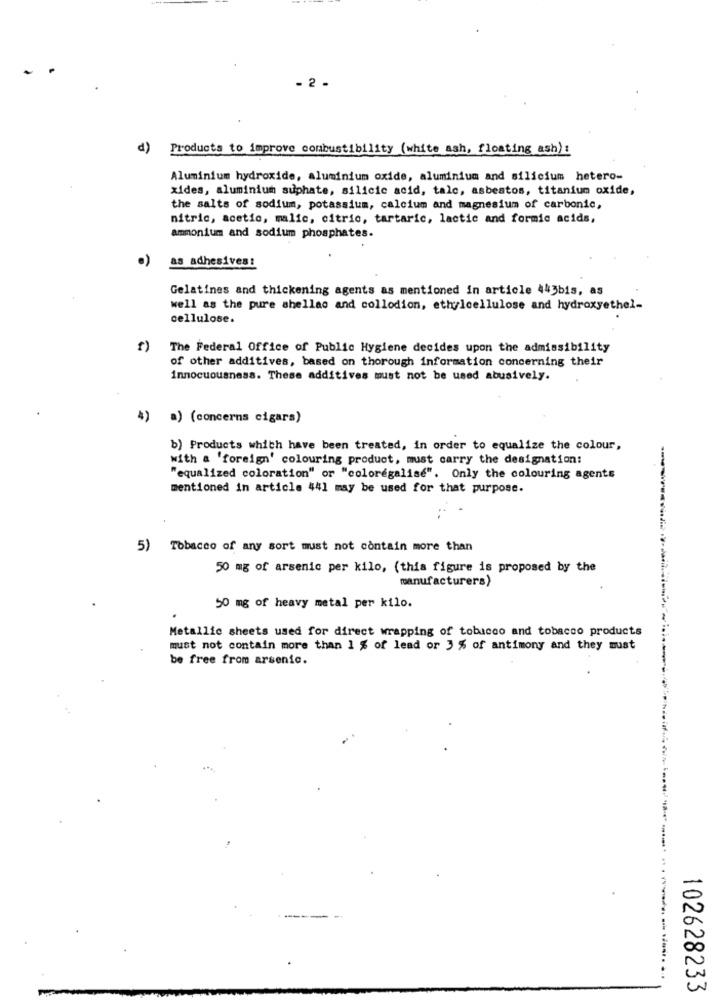
- 2 .
d)
Products to improve combustibility (white ash, floating ash) :
Aluminium hydroxide, aluminium oxide, aluminium and silicium hetero-
xides, aluminium suphate, silicic acid, talc, asbestos, titanium oxide,
the salts of sodium, potassium, calcium and magnesium of carbonic,
nitric, acetic, malic, citric, tartaric, lactic and formic acids,
ammonium and sodium phosphates.
.)
as adhesives:
Gelatines and thickening agents as mentioned in article 443bis, as
well as the pure shellac and collodion, ethylcellulose and hydroxyethel-
cellulose.
1)
The Federal Office of Public Hygiene decides upon the admissibility
of other additives, based on thorough information concerning their
innocuousness. These additives must not be used abusively.
4) a) (concerns cigars)
b) Products which have been treated, in order to equalize the colour,
with a 'foreign' colouring product, must carry the designation:
"equalized coloration" or "coloregalise". Only the colouring agents
mentioned in article 441 may be used for that purpose.
5) Tobacco of any sort must not contain more than
50 mg of arsenic per kilo, (this figure is proposed by the
manufacturers)
50 mg of heavy metal per kilo.
Metallic sheets used for direct wrapping of tobacco and tobacco products
must not contain more than 1 % of lead or 3 % of antimony and they must
be free from arsenic.
102628233